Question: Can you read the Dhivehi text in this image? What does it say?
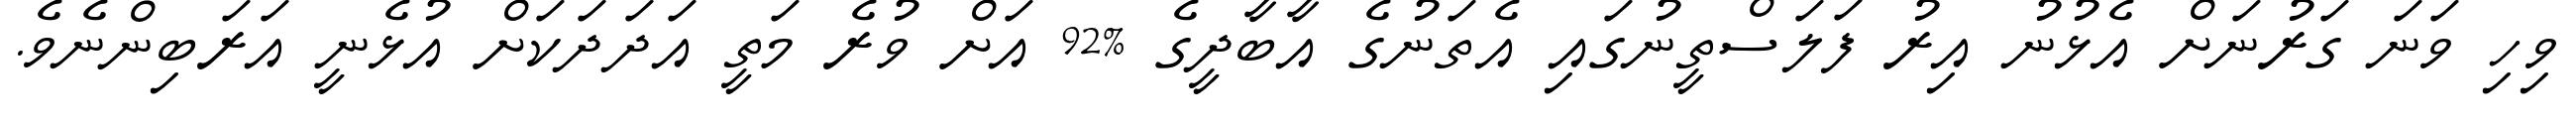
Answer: ވިހި ވަނަ ގަރުނަށް އެޅުނު އިރު ފަލަސްތީނުގައި އެތަނުގެ އާބާދީގެ %92 އަށް ވުރެ މަތީ އަދަދަކަށް އުޅެނީ އަރަބިންނެވެ.